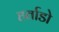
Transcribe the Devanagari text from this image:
हर्ताडो